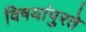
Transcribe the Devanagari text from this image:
विषयांपुरते